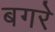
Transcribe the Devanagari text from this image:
बगरे